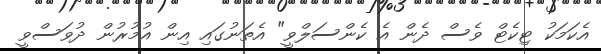
އެކަމަކު ޓިކެޓް ވެސް ދެން އެ ކެންސަލްވީ" އެތަނުގައި އިން އުމުރުން ދުވަސްވީ